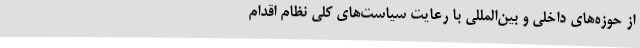
از حوزه‌های داخلی و بین‌المللی با رعایت سیاست‌های کلی نظام اقدام